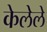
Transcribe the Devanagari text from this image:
केलेेले